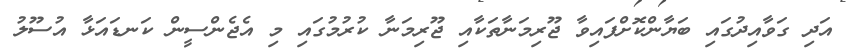
އަދި ގަވާއިދުގައި ބަޔާންކޮށްފައިވާ ޖޫރިމަނާތަކާއި ޖޫރިމަނާ ކުރުމުގައި މި އެޖެންސީން ކަނޑައަޅާ އުސޫލު